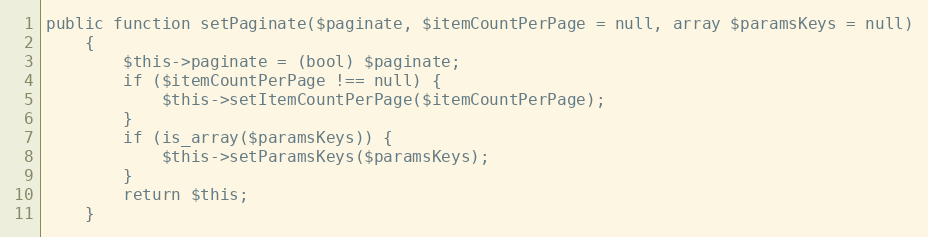
Language: PHP
public function setPaginate($paginate, $itemCountPerPage = null, array $paramsKeys = null)
    {
        $this->paginate = (bool) $paginate;
        if ($itemCountPerPage !== null) {
            $this->setItemCountPerPage($itemCountPerPage);
        }
        if (is_array($paramsKeys)) {
            $this->setParamsKeys($paramsKeys);
        }
        return $this;
    }